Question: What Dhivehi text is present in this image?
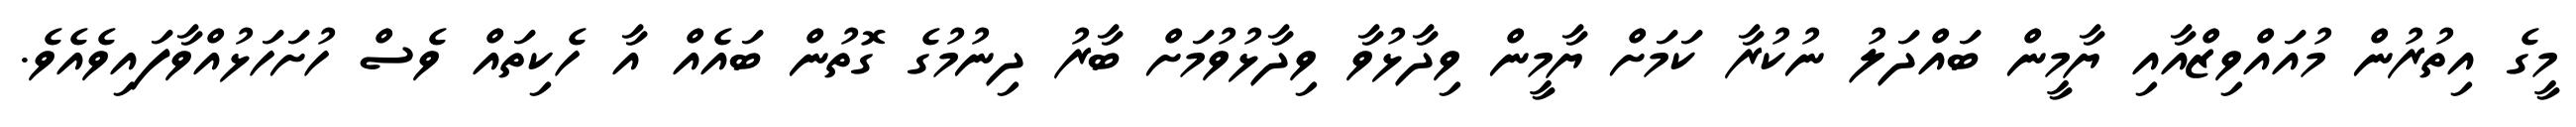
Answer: މީގެ އިތުރުން މުއައްވިޒްއާއި ޔާމީން ބައްދަލު ނުކުރާ ކަމަށް ޔާމީން ވިދާޅުވާ ވިދާޅުވުމަށް ބާރު ދިނުމުގެ ގޮތުން ބައެއް އާ ހެކިތައް ވެސް ހުށަހަޅުއްވާފައިވެއެވެ.